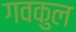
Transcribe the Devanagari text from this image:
गवकुल